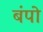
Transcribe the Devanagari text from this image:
बंपो